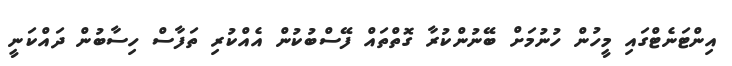
އިންޓަނެޓްގައި މީހުން ހުނުމަށް ބޭނުންކުރާ ގޮތްތައް ފޭސްބުކުން އެއްކުރި ތަފާސް ހިސާބުން ދައްކަނީ